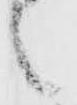
之